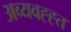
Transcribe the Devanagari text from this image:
अव्यवह्ह्त